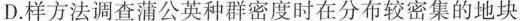
D.样方法调查蒲公英种群密度时在分布较密集的地块